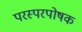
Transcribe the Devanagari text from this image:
परस्परपोषक